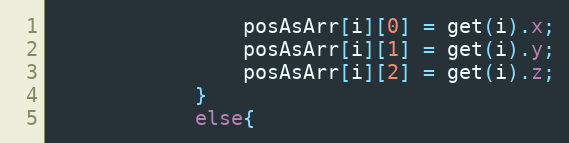
Language: Java
				posAsArr[i][0] = get(i).x;
				posAsArr[i][1] = get(i).y;
				posAsArr[i][2] = get(i).z;
			}
			else{